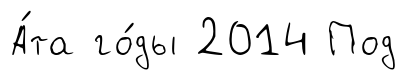
А́та го́ды 2014 Под